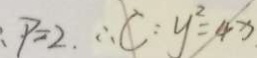
: P = 2 . \therefore C : y ^ { 2 } = 4 x